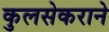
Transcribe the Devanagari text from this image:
कुलसेकराने